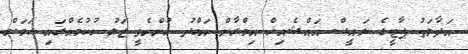
އަދާލަތު ޕާޓީގެ ރައީސް އައްޝެއިޚް އިމްރާން އަބްދު ހުންނެވީ ޖަލު ހުކުމެއްގައި ކަމަށް